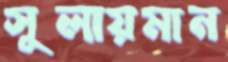
সুলায়মান